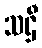
သဌီ